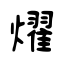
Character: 燿